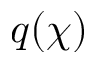
q ( \chi )